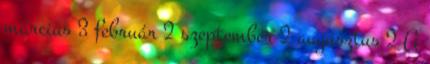
március 3 február 2 szeptember 2 augusztus 2 A